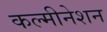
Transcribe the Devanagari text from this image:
कल्मीनेशन